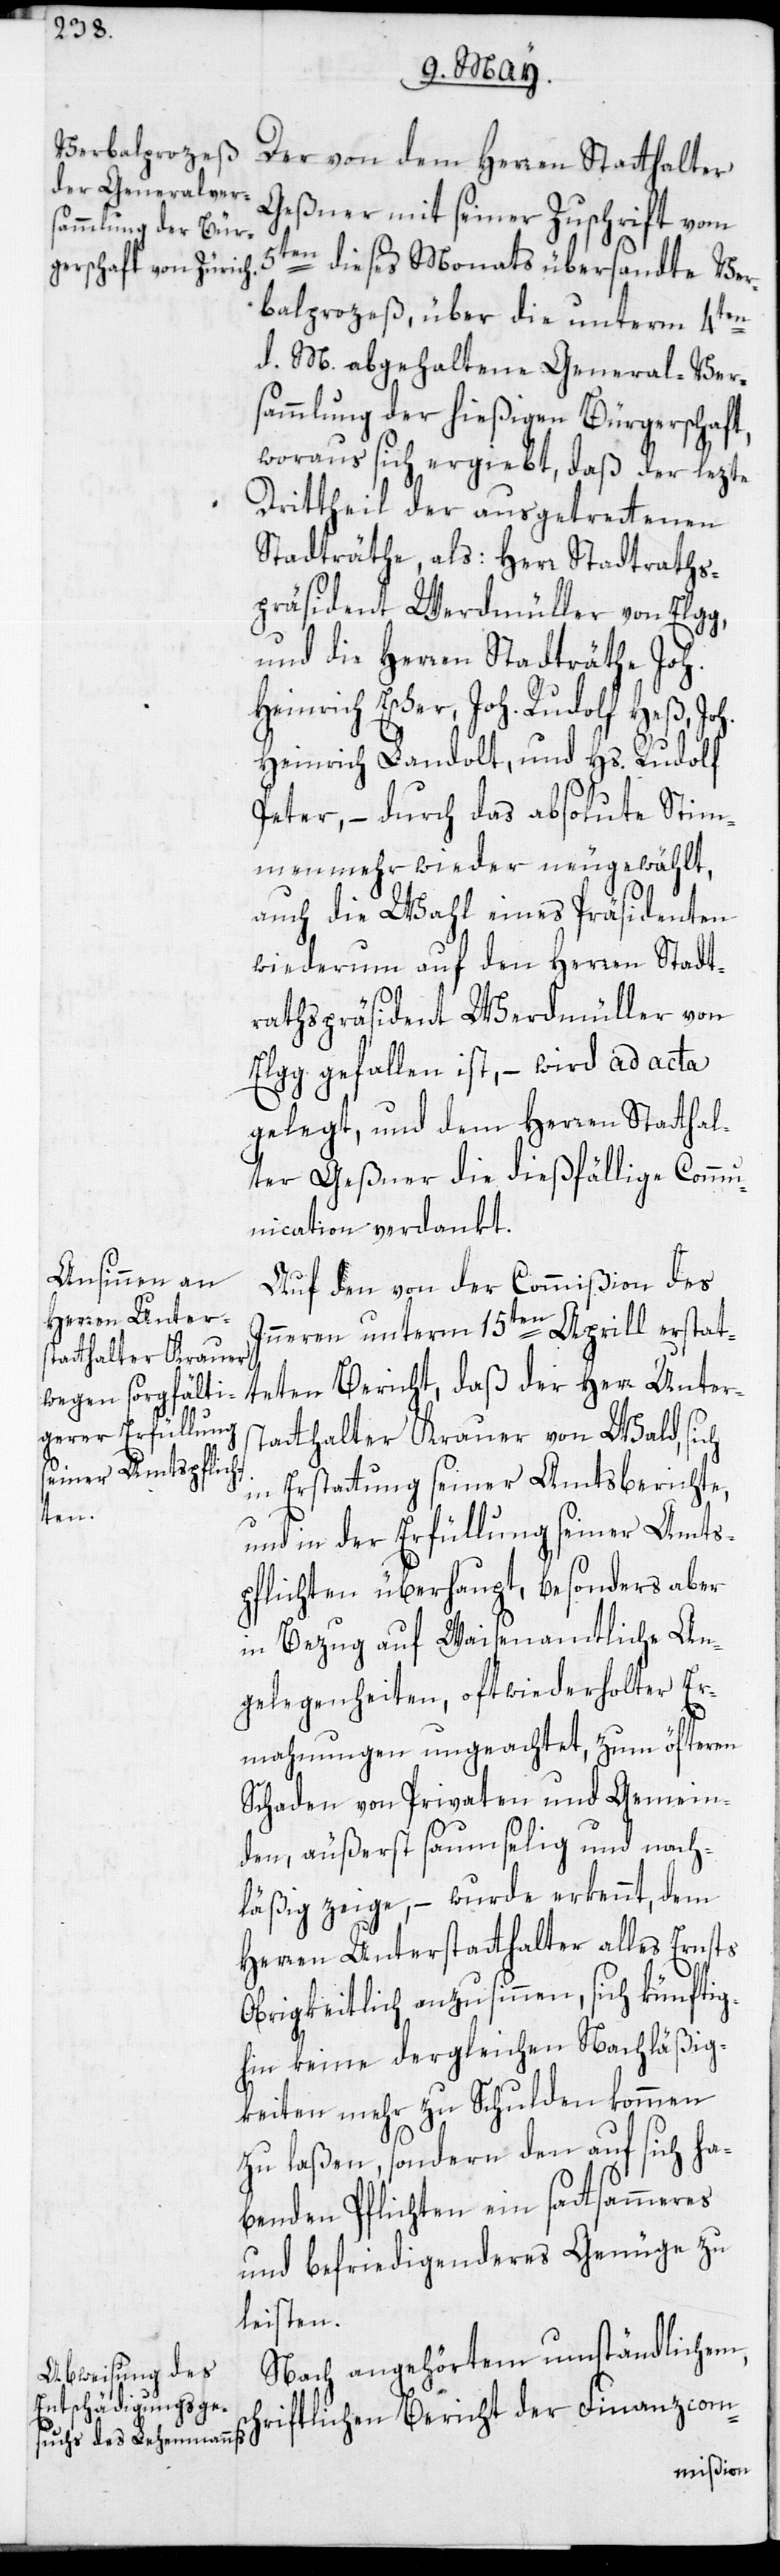
Der von dem Herren Statthalter
Geßner mit seiner Zuschrift vom
5ten dieses Monats übersandte Ver¬
balprozeß, über die unterm 4ten
d. M. abgehaltene General-Ver¬
sammlung der hießigen Bürgerschaft,
woraus sich ergiebt, daß der lezte
Drittheil der ausgetrettenen
Stadträthe, als: Herr Stadtraths¬
präsident Werdmüller von Elgg,
und die Herren Stadträthe Joh.
Heinrich Escher, Joh. Rudolf Heß, Joh.
Heinrich Landolt, und Hs. Rudolf
Peter, – durch das absolute Stim¬
menmehr wieder neugewählt,
auch die Wahl eines Präsidenten
wiederum auf den Herren Stadt¬
rathspräsident Werdmüller von
Elgg gefallen ist, – wird ad acta
gelegt, und dem Herren Statthal¬
ter Geßner die dießfällige Commu¬
nication verdankt.
Auf den von der Commißion des
Inneren unterm 15ten Aprill erstat¬
teten Bericht, daß der Herr Unters¬
tatthalter Krauer von Wald, sich
in Erstattung seiner Amtsberichte,
und in der Erfüllung seiner Amts¬
pflichten überhaupt, besonders aber
in Bezug auf Waisenamtliche An¬
gelegenheiten, oft wiederholter Er¬
mahnungen ungeachtet, zum öfteren
Schaden von Privaten und Gemein¬
den, äußerst saumselig und nach¬
läßig zeige, – wurde erkennt, dem
Herren Unterstatthalter alles Ernsts
Obrigkeitlich anzusinnen, sich künftig¬
hin keine dergleichen Nachläßig¬
keiten mehr zu Schulden kommen
zu laßen, sondern den auf sich ha¬
benden Pflichten ein sattsammeres
und befriedigenderes Genügen zu
leisten.
Nach angehörtem umständlichem
schriftlichen Bericht der Finanzcom-